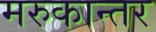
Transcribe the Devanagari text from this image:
मरुकान्तर